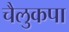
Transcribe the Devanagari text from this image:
चैलुकपा